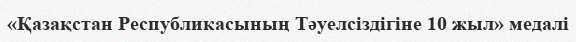
«Қазақстан Республикасының Тәуелсіздігіне 10 жыл» медалі